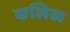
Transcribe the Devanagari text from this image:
कलिख